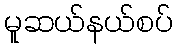
မူဆယ်နယ်စပ်